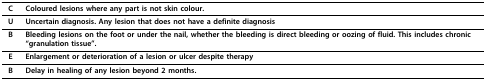
| C | Coloured lesions where any part is not skin colour. |
 | --- | --- |
 | U | Uncertain diagnosis. Any lesion that does not have a definite diagnosis |
 | B | Bleeding lesions on the foot or under the nail, whether the bleeding is direct bleeding or oozing of fluid. This includes chronic "granulation tissue". |
 | E | Enlargement or deterioration of a lesion or ulcer despite therapy |
 | B | Delay in healing of any lesion beyond 2 months. |